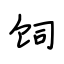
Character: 饲